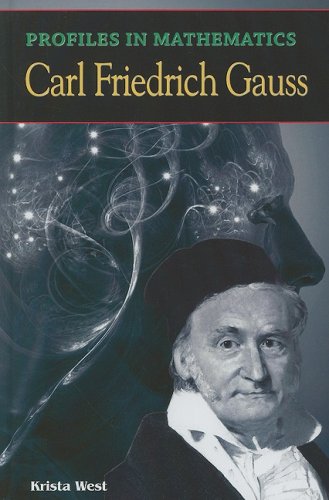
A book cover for Profiles in Mathematics: Carl Friedrich Gauss; Krista West; Teen & Young Adult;